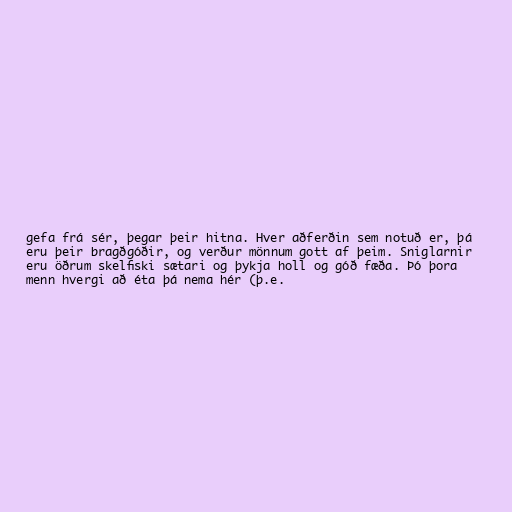
gefa frá sér, þegar þeir hitna. Hver aðferðin sem notuð er, þá
eru þeir bragðgóðir, og verður mönnum gott af þeim. Sniglarnir
eru öðrum skelfiski sætari og þykja holl og góð fæða. Þó þora
menn hvergi að éta þá nema hér (þ.e.